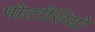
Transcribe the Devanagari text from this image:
पोर्टासियो